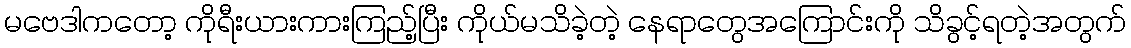
မဗေဒါကတော့ ကိုရီးယားကားကြည့်ပြီး ကိုယ်မသိခဲ့တဲ့ နေရာတွေအကြောင်းကို သိခွင့်ရတဲ့အတွက်